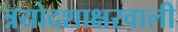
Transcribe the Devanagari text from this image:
त्रयोदशाक्षरवाली